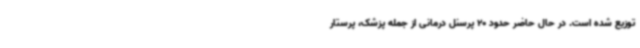
توزیع شده است. در حال حاضر حدود 20 پرسنل درمانی از جمله پزشک، پرستار